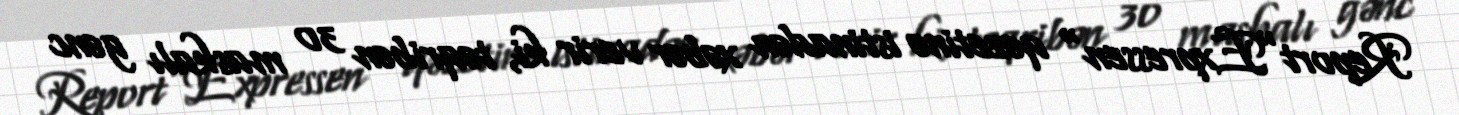
Report"Expressen" qəzetinə istinadən xəbər verir ki, təqribən 30 maskalı gənc